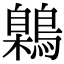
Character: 鷍